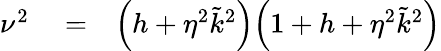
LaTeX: \begin{array}{rlr}{\nu^{2}}&{{}=}&{\Big(h+\eta^{2}\tilde{k}^{2}\Big)\Big(1+h+\eta^{2}\tilde{k}^{2}\Big)}\end{array}